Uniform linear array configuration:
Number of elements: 4
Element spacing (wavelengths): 0.5
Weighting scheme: binomial
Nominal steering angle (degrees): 30
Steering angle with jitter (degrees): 31.717
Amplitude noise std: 0.05
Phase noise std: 0.05

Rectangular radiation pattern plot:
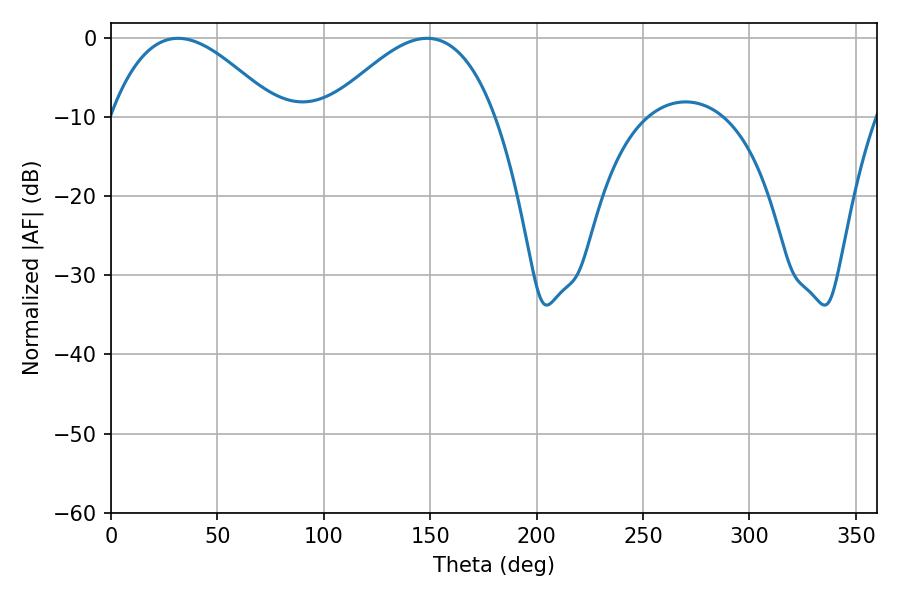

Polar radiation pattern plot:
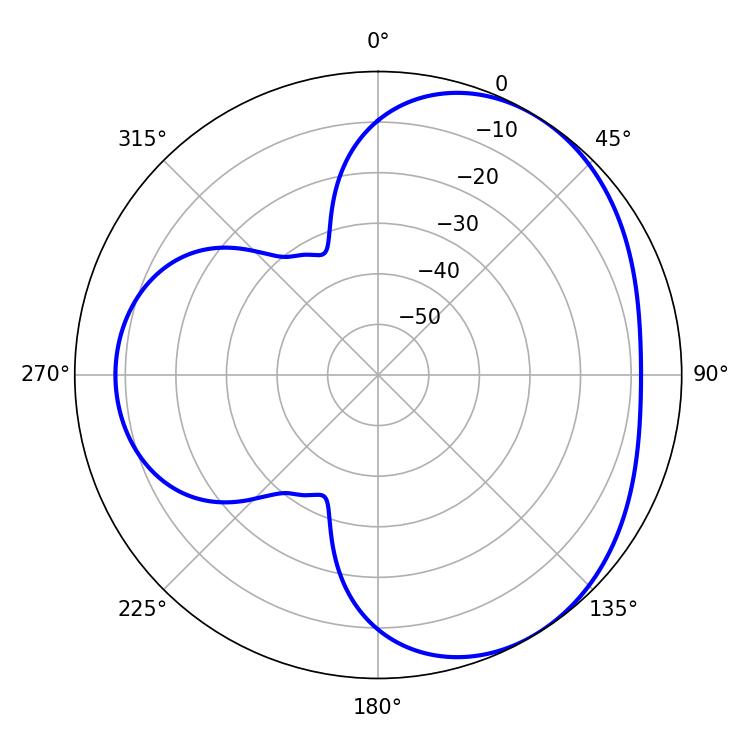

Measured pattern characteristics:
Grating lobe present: FALSE
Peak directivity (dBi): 3.769
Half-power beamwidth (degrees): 42.66
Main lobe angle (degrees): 31.5